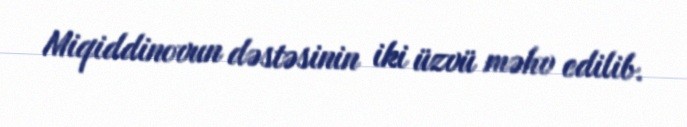
Miqiddinovun dəstəsinin iki üzvü məhv edilib.